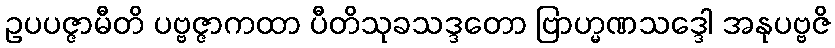
ဥပပဇ္ဇာမီတိ ပဗ္ဗဇ္ဇာကထာ ပီတိသုခသဒ္ဒတော ဗြာဟ္မဏသဒ္ဒေါ အနုပဗ္ဗဇိ